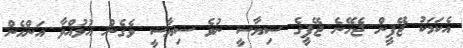
އެކަަމަކު ޖޭޕީން ޖެހޭނެ ޖޭޕީގެ ސިޔާސީ ނުވެ ސިޔާސީ ވެގެން އުޅުއްވާ އަންހެން